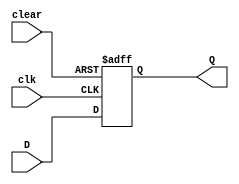
module DFF_asynchronous_clear (
    input wire clk,
    input wire clear,
    input wire D,
    output reg Q
);

always @ (posedge clk or posedge clear)
begin
    if (clear)
        Q <= 1'b0;
    else
        Q <= D;
end

endmodule